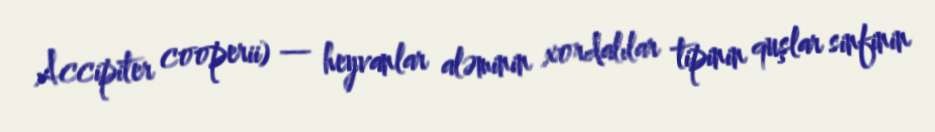
Accipiter cooperii) — heyvanlar aləminin xordalılar tipinin quşlar sinfinin